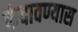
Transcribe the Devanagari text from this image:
रुंदावण्यास